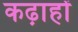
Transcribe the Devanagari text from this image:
कढ़ाहों